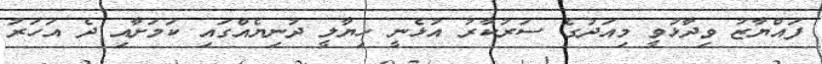
ފައްޔާޒު ވިދާޅުވީ މިއަދުގެ ސަރުކާރު އުޅެނީ ހިޔާލީ ދުނިޔެއްގައި ކަމަށާއި ދެ އަހަރު